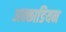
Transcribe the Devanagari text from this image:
अक्काडियन